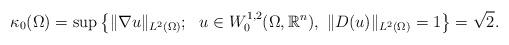
LaTeX: \begin{align*} \kappa_{0}(\Omega) = \sup\left\{\|\nabla u\|_{L^2(\Omega)};~~ u\in W^{1,2}_0(\Omega, \mathbb{R}^n), ~ \|D(u)\|_{L^2(\Omega)} = 1\right\} = \sqrt{2}.\end{align*}